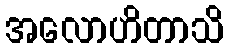
အလောဟိတာသိ